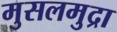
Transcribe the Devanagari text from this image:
मुसलमुद्रा